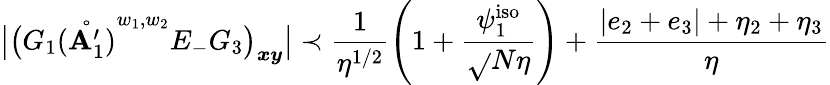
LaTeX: \big|\big(G_{1}\mathring{(\mathbf{A}_{1}^{\prime})}^{w_{1},w_{2}}E_{-}G_{3}\big)_{\boldsymbol{x}\boldsymbol{y}}\big|\prec\frac{{1}}{{\eta^{1/2}}}\left(1+\frac{{\psi_{1}^{\mathrm{{iso}}}}}{{\sqrt{}{{N\eta}}}}\right)+\frac{{|e_{2}+e_{3}|+\eta_{2}+\eta_{3}}}{{\eta}}